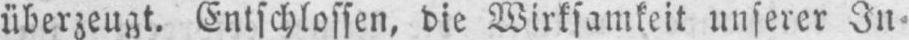
überzeugt. Entschlossen, die Wirksamkeit unserer In⸗